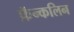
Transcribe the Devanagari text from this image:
फ्रॅन्कलिन